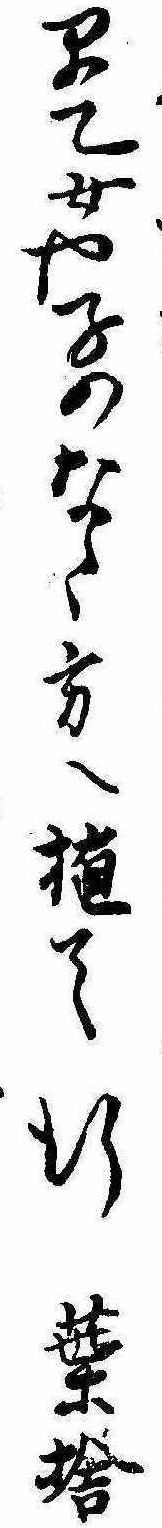
早乙女や子のなく方へ植て行棄捨